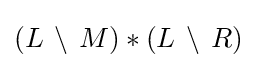
(L\,\setminus \,M)\ast (L\,\setminus \,R)